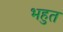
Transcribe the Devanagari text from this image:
भहुत